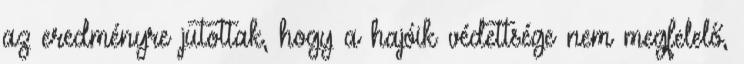
az eredményre jutottak, hogy a hajóik védettsége nem megfelelő,